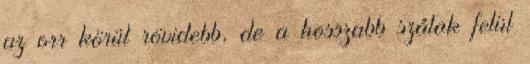
az orr körül rövidebb, de a hosszabb szálak felül